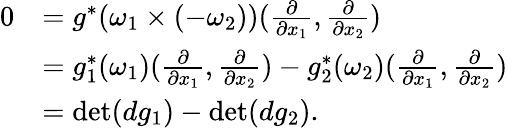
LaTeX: \begin{array}{rl}{0}&{=g^{*}(\omega_{1}\times(-\omega_{2}))(\frac{\partial}{\partial x_{1}},\frac{\partial}{\partial x_{2}})}\\ &{=g_{1}^{*}(\omega_{1})(\frac{\partial}{\partial x_{1}},\frac{\partial}{\partial x_{2}})-g_{2}^{*}(\omega_{2})(\frac{\partial}{\partial x_{1}},\frac{\partial}{\partial x_{2}})}\\ &{=\operatorname*{det}(dg_{1})-\operatorname*{det}(dg_{2}).}\end{array}